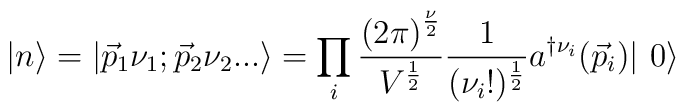
| n \rangle = | {\vec{p}}_1 \nu_1; {\vec{p}}_2 \nu_2 ...\rangle = \prod_i{ {{(2 \pi)}^{{\nu}\over 2}}  \over {V^{1\over 2}}} {1\over {(\nu_i !)^{1\over 2}}} a^{\dag \nu_i}({\vec{p}}_i)|\,\,0 \rangle